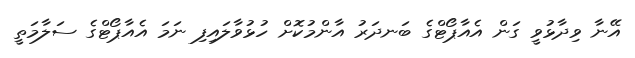
އޭނާ ވިދާޅުވީ ގަން އެއާޕޯޓްގެ ބަނދަރު އާންމުކޮށް ހުޅުވާލައިފި ނަމަ އެއާޕޯޓްގެ ސަލާމަތީ